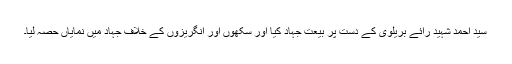
سید احمد شہید رائے بریلوی کے دست پر بیعت جہاد کیا اور سکھوں اور انگریزوں کے خلاف جہاد میں نمایاں حصہ لیا۔